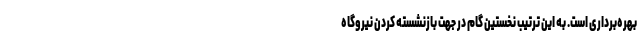
بهره‌برداری است. به این ترتیب نخستین گام در جهت بازنشسته کردن نیروگاه